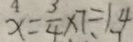
x = \frac { 3 } { 4 } \times 7 \div 1 4